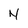
Character: N